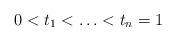
LaTeX: \begin{align*}0<t_1<\ldots<t_n=1\end{align*}